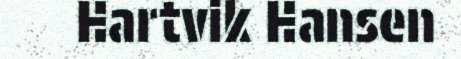
Hartvik Hansen